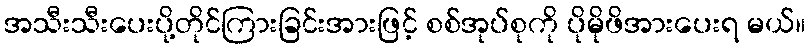
အသီးသီးပေးပို့တိုင်ကြားခြင်းအားဖြင့် စစ်အုပ်စုကို ပိုမိုဖိအားပေးရ မယ်။